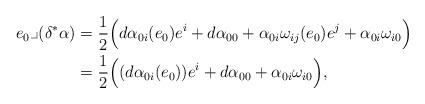
LaTeX: \begin{align*}e_{0}\lrcorner (\delta^{\ast}\alpha)&=\frac{1}{2} \Big( d\alpha_{0i}(e_{0})e^{i}+ d\alpha_{00} + \alpha_{0i}\omega_{ij}(e_{0})e^{j} + \alpha_{0i} \omega_{i0} \Big)\\&=\frac{1}{2} \Big( (d\alpha_{0i}(e_{0}))e^{i} + d\alpha_{00} + \alpha_{0i} \omega_{i0} \Big),\end{align*}